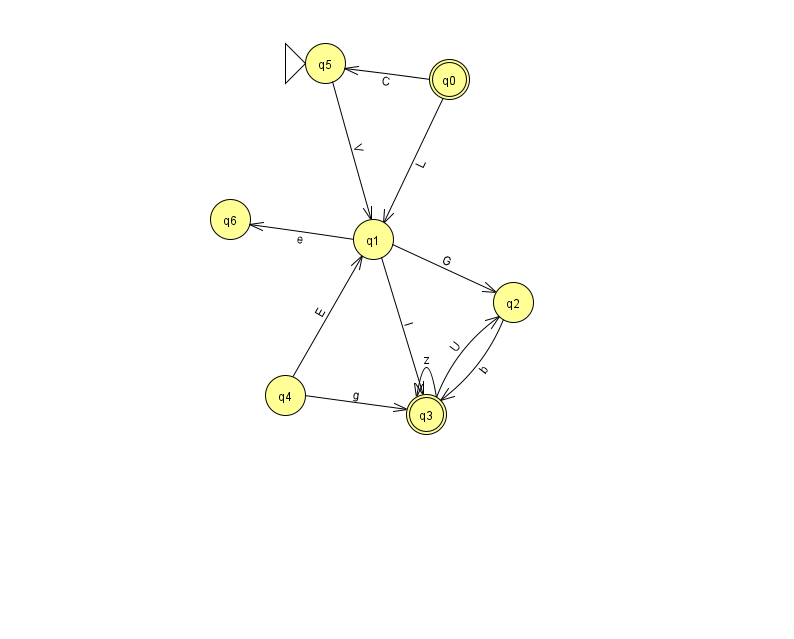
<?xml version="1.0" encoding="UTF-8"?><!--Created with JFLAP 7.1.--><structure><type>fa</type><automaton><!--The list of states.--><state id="0" name="q0"><x>449.0</x><y>66.0</y><final/></state><state id="1" name="q1"><x>373.0</x><y>226.0</y></state><state id="2" name="q2"><x>513.0</x><y>289.0</y></state><state id="3" name="q3"><x>426.0</x><y>401.0</y><final/></state><state id="4" name="q4"><x>285.0</x><y>382.0</y></state><state id="5" name="q5"><x>325.0</x><y>50.0</y><initial/></state><state id="6" name="q6"><x>230.0</x><y>206.0</y></state><!--The list of transitions.--><transition><from>2</from><to>3</to><read>b</read></transition><transition><from>4</from><to>3</to><read>g</read></transition><transition><from>0</from><to>5</to><read>C</read></transition><transition><from>1</from><to>3</to><read>I</read></transition><transition><from>3</from><to>2</to><read>U</read></transition><transition><from>5</from><to>1</to><read>V</read></transition><transition><from>1</from><to>2</to><read>G</read></transition><transition><from>3</from><to>3</to><read>z</read></transition><transition><from>0</from><to>1</to><read>L</read></transition><transition><from>4</from><to>1</to><read>E</read></transition><transition><from>1</from><to>6</to><read>e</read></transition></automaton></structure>